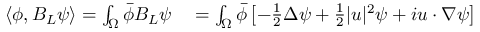
\begin{array} { r l } { \langle \phi , B _ { L } \psi \rangle = \int _ { \Omega } \Bar { \phi } B _ { L } \psi } & { { } = \int _ { \Omega } \Bar { \phi } \left[ - \frac { 1 } { 2 } \Delta \psi + \frac { 1 } { 2 } \lvert u \rvert ^ { 2 } \psi + i u \cdot \nabla \psi \right] } \end{array}